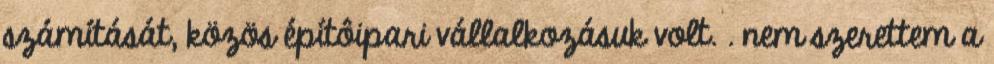
számítását, közös építôipari vállalkozásuk volt. . nem szerettem a